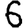
Digit: 6